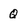
Character: Q